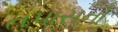
તપાસનો